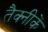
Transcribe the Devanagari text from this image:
तैक्नीकें